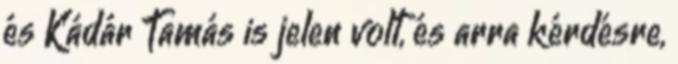
és Kádár Tamás is jelen volt, és arra kérdésre,